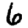
Digit: 6